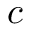
c